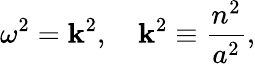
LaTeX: \omega^{2}=\mathbf{k}^{2},\quad\mathbf{k}^{2}\equiv{\frac{{n^{2}}}{{a^{2}}}},